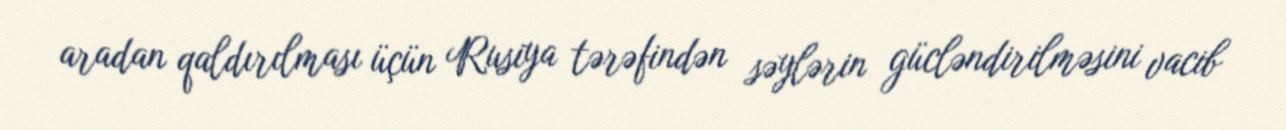
aradan qaldırılması üçün Rusiya tərəfindən səylərin gücləndirilməsini vacib